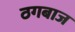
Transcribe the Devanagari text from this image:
ठगबाज